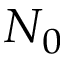
N _ { 0 }